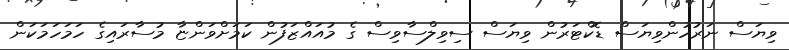
ވިޔަސް ނަރުހުންވިޔަސް ޑޮކްޓަރުން ވިޔަސް ސިވިލްސާވިސް ގެ މުއައްޒަފުން ކަމަށްވަންޏާ މުސާރައިގެ ހަމަހަމަކަން